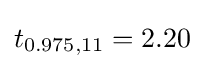
t_{0.975,11}=2.20